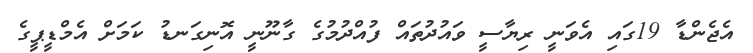
އެޖެންޑާ 19ގައި އެވަނީ ރިޔާސީ ވައުދުތައް ފުއްދުމުގެ ގާނޫނީ އޮނިގަނޑު ކަމަށް އެމްޑީޕީގެ